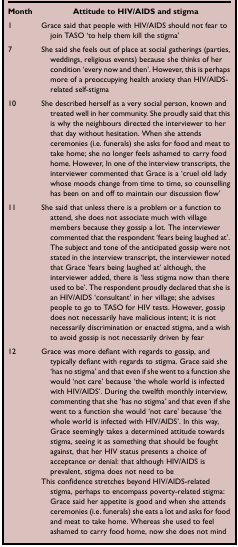
<table><thead><tr><td><b>Month</b></td><td><b>Attitude to HIV/AIDS and stigma</b></td></tr></thead><tbody><tr><td>1</td><td>Grace said that people with HIV/AIDS should not fear to join TASO ‘to help them kill the stigma’</td></tr><tr><td>7</td><td>She said she feels out of place at social gatherings (parties, weddings, religious events) because she thinks of her condition ‘every now and then’. However, this is perhaps more of a preoccupying health anxiety than HIV/AIDS-related self-stigma</td></tr><tr><td>10</td><td>She described herself as a very social person, known and treated well in her community. She proudly said that this is why the neighbours directed the interviewer to her that day without hesitation. When she attends ceremonies (i.e. funerals) she asks for food and meat to take home; she no longer feels ashamed to carry food home. However, In one of the interview transcripts, the interviewer commented that Grace is a ‘cruel old lady whose moods change from time to time, so counselling has been on and off to maintain our discussion flow’</td></tr><tr><td>11</td><td>She said that unless there is a problem or a function to attend, she does not associate much with village members because they gossip a lot. The interviewer commented that the respondent ‘fears being laughed at’. The subject and tone of the anticipated gossip were not stated in the interview transcript, the interviewer noted that Grace ‘fears being laughed at’ although, the interviewer added, there is ‘less stigma now than there used to be’. The respondent proudly declared that she is an HIV/AIDS ‘consultant’ in her village; she advises people to go to TASO for HIV tests. However, gossip does not necessarily have malicious intent; it is not necessarily discrimination or enacted stigma, and a wish to avoid gossip is not necessarily driven by fear</td></tr><tr><td rowspan="2">12</td><td>Grace was more defiant with regards to gossip, and typically defiant with regards to stigma. Grace said she ‘has no stigma’ and that even if she went to a function she would ‘not care’ because ‘the whole world is infected with HIV/AIDS’. During the twelfth monthly interview, commenting that she ‘has no stigma’ and that even if she went to a function she would ‘not care’ because ‘the whole world is infected with HIV/AIDS’. In this way, Grace seemingly takes a determined attitude towards stigma, seeing it as something that should be fought against, that her HIV status presents a choice of acceptance or denial: that although HIV/AIDS is prevalent, stigma does not need to be</td></tr><tr><td>This confidence stretches beyond HIV/AIDS-related stigma, perhaps to encompass poverty-related stigma: Grace said her appetite is good and when she attends ceremonies (i.e. funerals) she eats a lot and asks for food and meat to take home. Whereas she used to feel ashamed to carry food home, now she does not mind</td></tr></tbody></table>